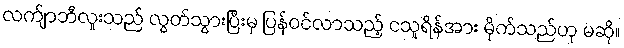
လက်ျာဘီလူးသည် လွတ်သွားပြီးမှ ပြန်ဝင်လာသည့် ငသူရိန်အား မိုက်သည်ဟု မဆို။